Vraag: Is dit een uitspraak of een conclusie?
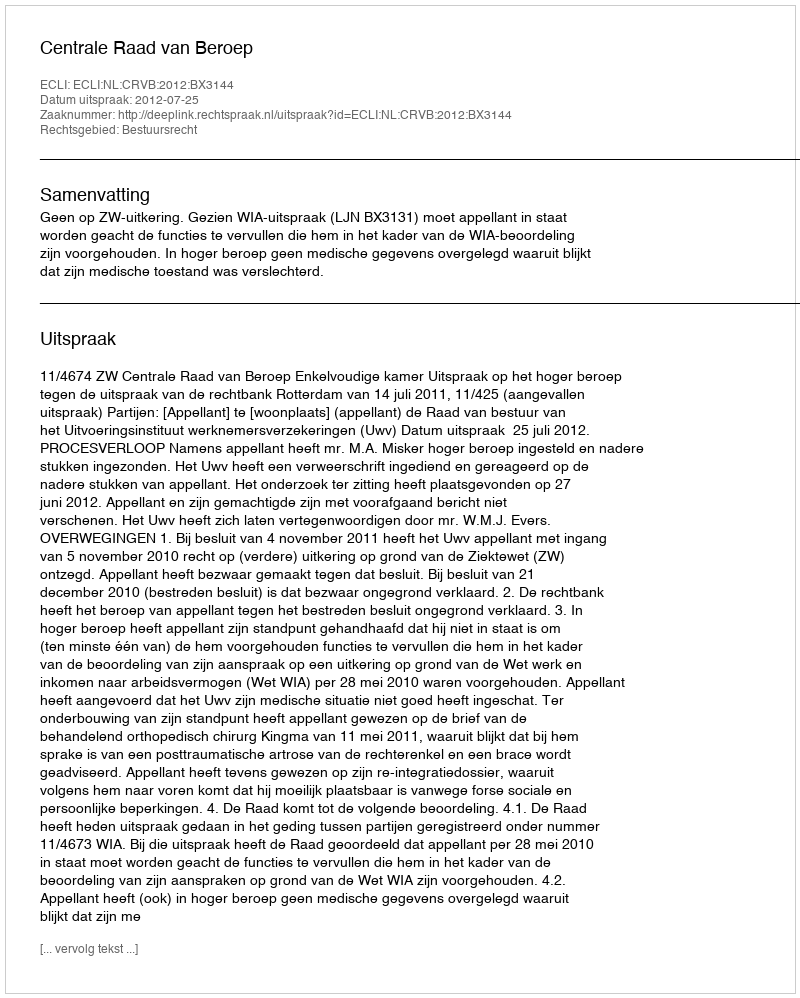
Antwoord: Uitspraak